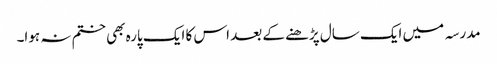
مدرسہ میں ایک سال پڑھنے کے بعد اس کا ایک پارہ بھی ختم نہ ہوا۔